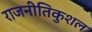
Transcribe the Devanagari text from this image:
राजनीतिकुशल